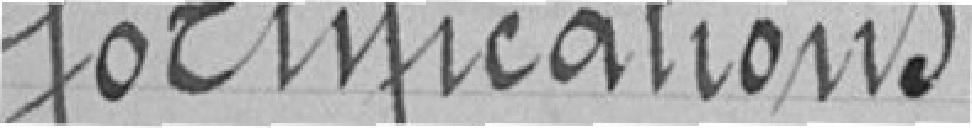
fortifications